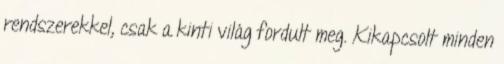
rendszerekkel, csak a kinti világ fordult meg. Kikapcsolt minden